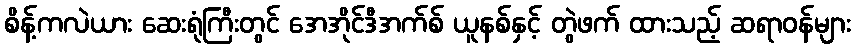
စိန့်ကလဲယား ဆေးရုံကြီးတွင် အေအိုင်ဒီအက်စ် ယူနစ်နှင့် တွဲဖက် ထားသည့် ဆရာဝန်များ